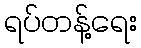
ရပ်တန့်ရေး